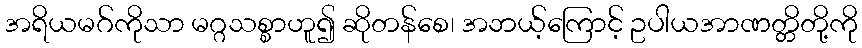
အရိယမဂ်ကိုသာ မဂ္ဂသစ္စာဟူ၍ ဆိုတန်စေ၊ အဘယ့်ကြောင့် ဥပါယအာဏတ္တိတို့ကို